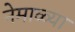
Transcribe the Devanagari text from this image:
नेमाळ्या